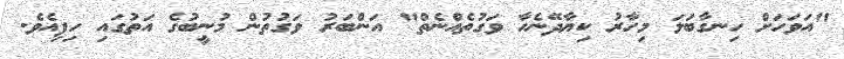
"އަވަހަށް ހިނގާބަލަ މިހާރު ކިޔާދޭނެހާ ވަގުތެއްނެތް" އަންބަރު ވަގުތުން މުނީބުގެ އަތުގައި ހިފިއެވެ.